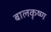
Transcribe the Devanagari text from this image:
बालकृष्‍ण